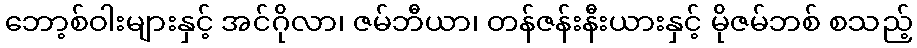
ဘော့စ်ဝါးများနှင့် အင်ဂိုလာ၊ ဇမ်ဘီယာ၊ တန်ဇန်းနီးယားနှင့် မိုဇမ်ဘစ် စသည့်